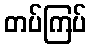
တပ်ကြပ်